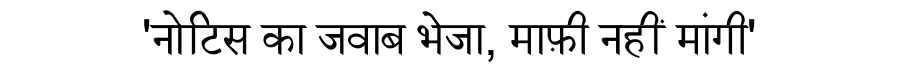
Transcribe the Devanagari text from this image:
'नोटिस का जवाब भेजा, माफ़ी नहीं मांगी'